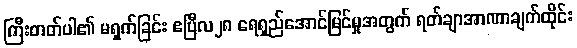
ကြီးတတ်ပါ၏ မရှက်ခြင်း ဧပြီလ၂၈ ရေရှည်အောင်မြင်မှုအတွက် ရတ်ချာအာဏာချက်ထိုင်း